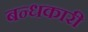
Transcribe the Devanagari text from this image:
बन्धकारी